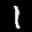
Label: 1